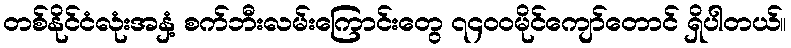
တစ်နိုင်ငံလုံးအနှံ့ စက်ဘီးလမ်းကြောင်းတွေ ၇၄၀၀မိုင်ကျော်တောင် ရှိပါတယ်။